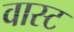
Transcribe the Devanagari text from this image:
वास्ट